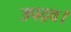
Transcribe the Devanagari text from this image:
उपद्रव।